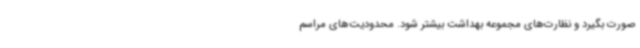
صورت بگیرد و نظارت‌های مجموعه بهداشت بیشتر شود. محدودیت‌های مراسم